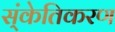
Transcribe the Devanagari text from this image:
स्ंकेतिकरण